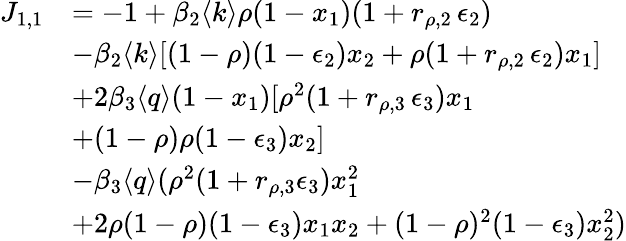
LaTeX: \begin{array}{rl}{J_{1,1}}&{=-1+\beta_{2}\langle k\rangle\rho(1-x_{1})(1+r_{\rho,2}\, \epsilon_{2})}\\ &{-\beta_{2}\langle k\rangle[(1-\rho)(1-\epsilon_{2})x_{2}+\rho(1+r_{\rho,2}\, \epsilon_{2})x_{1}]}\\ &{+2\beta_{3}\langle q\rangle(1-x_{1})[\rho^{2}(1+r_{\rho,3}\, \epsilon_{3})x_{1}}\\ &{+(1-\rho)\rho(1-\epsilon_{3})x_{2}]}\\ &{-\beta_{3}\langle q\rangle(\rho^{2}(1+r_{\rho,3}\epsilon_{3})x_{1}^{2}}\\ &{+2\rho(1-\rho)(1-\epsilon_{3})x_{1}x_{2}+(1-\rho)^{2}(1-\epsilon_{3})x_{2}^{2})}\end{array}